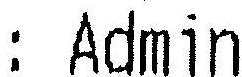
: ADMIN